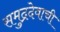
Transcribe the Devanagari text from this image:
समुद्रदेवाची